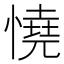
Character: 憢